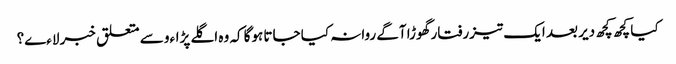
کیا کچھ کچھ دیر بعد ایک تیزرفتار گھوڑا آگے روانہ کیا جاتا ہوگا کہ وہ اگلے پڑاءو سے متعلق خبر لاءے؟